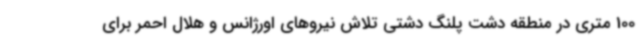
100 متری در منطقه دشت پلنگ دشتی تلاش نیروهای اورژانس و هلال احمر برای